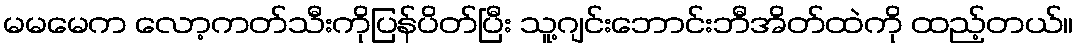
မမမေက လော့ကတ်သီးကိုပြန်ပိတ်ပြီး သူ့ဂျင်းဘောင်းဘီအိတ်ထဲကို ထည့်တယ်။